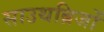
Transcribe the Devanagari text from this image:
साउथब्रिजों